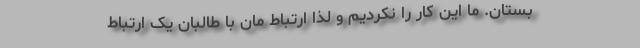
بستان. ما این کار را نکردیم و لذا ارتباط‌ مان با طالبان یک ارتباط